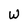
Character: W